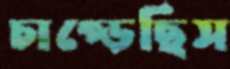
চাপ্‌ড়েছিস